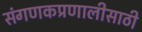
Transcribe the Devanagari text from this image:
संगणकप्रणालीसाठी